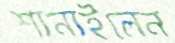
শানাইলেন